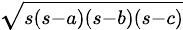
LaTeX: \sqrt{\scriptstyle{s(s-a)(s-b)(s-c)}}